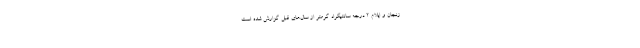
زنجان و ایلام ۲ درجه سانتیگراد گرمتر از سال‌های قبل گزارش شده است.